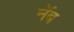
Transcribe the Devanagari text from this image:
नॅब